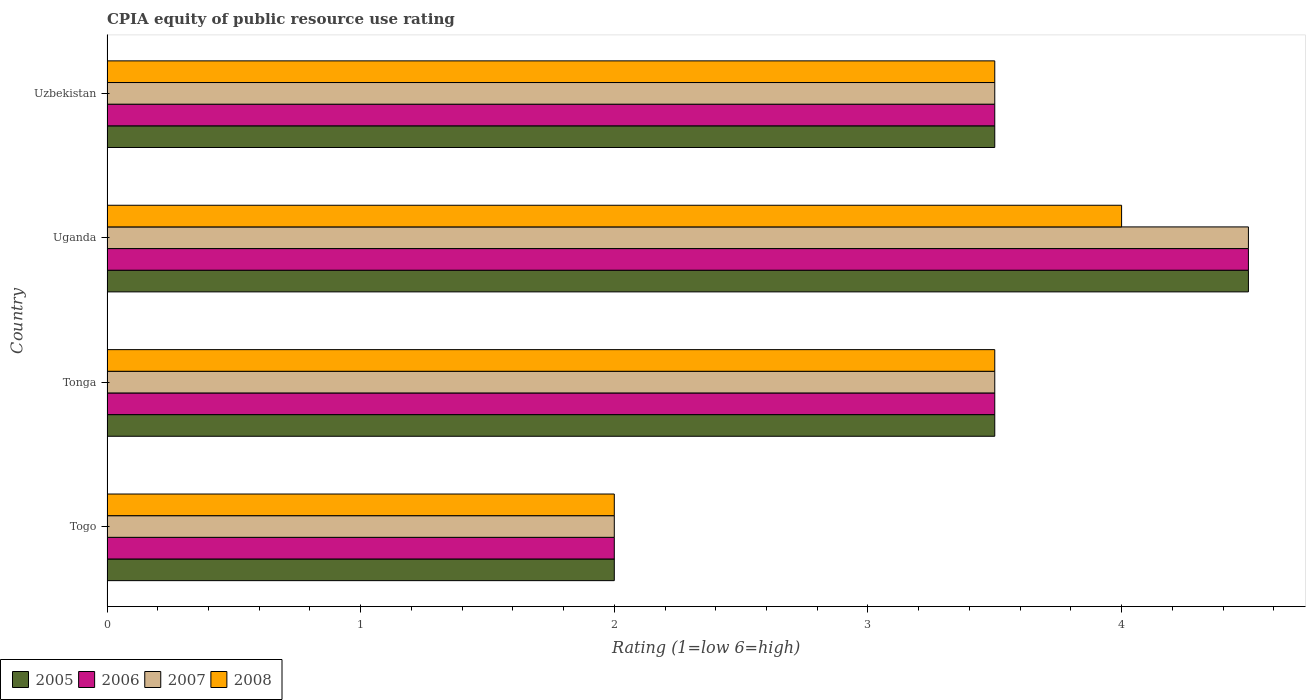
| Country | 2005 | 2006 | 2007 | 2008 |
 | --- | --- | --- | --- | --- |
 | Togo | 2 | 2 | 2 | 2 |
 | Tonga | 3.5 | 3.5 | 3.5 | 3.5 |
 | Uganda | 4.5 | 4.5 | 4.5 | 4 |
 | Uzbekistan | 3.5 | 3.5 | 3.5 | 3.5 |